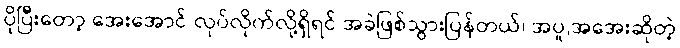
ပိုပြီးတော့ အေးအောင် လုပ်လိုက်လို့ရှိရင် အခဲဖြစ်သွားပြန်တယ်၊ အပူ,အအေးဆိုတဲ့